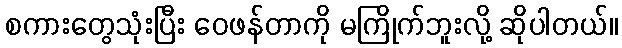
စကားတွေသုံးပြီး ဝေဖန်တာကို မကြိုက်ဘူးလို့ ဆိုပါတယ်။